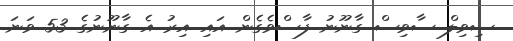
ސިވިލް ސާވިސް ގާނޫނު ފާސްވެގެން އައި އިރު އެ ގާނޫނުގެ 53 ވަނަ